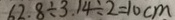
6 2 . 8 \div 3 . 1 4 \div 2 = 1 0 c m